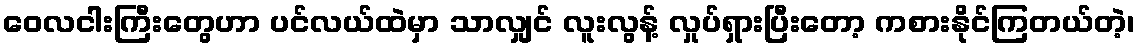
ဝေလငါးကြီးတွေဟာ ပင်လယ်ထဲမှာ သာလျှင် လူးလွန့် လှုပ်ရှားပြီးတော့ ကစားနိုင်ကြတယ်တဲ့၊